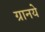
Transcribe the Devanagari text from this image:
ग्रानये